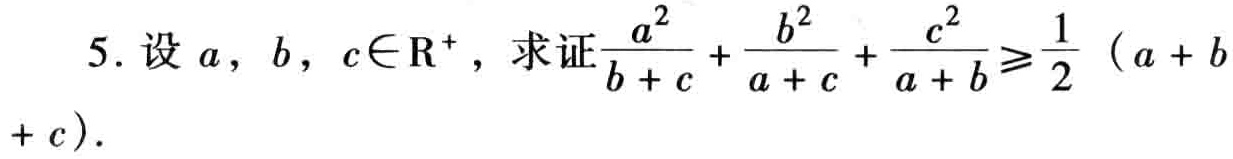
5. 设 \(a,b,c\in\mathbb{R}^{+}\)，求证\(\frac{a^{2}}{b + c}+\frac{b^{2}}{a + c}+\frac{c^{2}}{a + b}\geqslant\frac{1}{2}(a + b + c)\)。